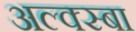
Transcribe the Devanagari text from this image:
अल्क्स्बा